Lunatic asylums Punjab 1868-1880 - 1868-1880
Year: 1868
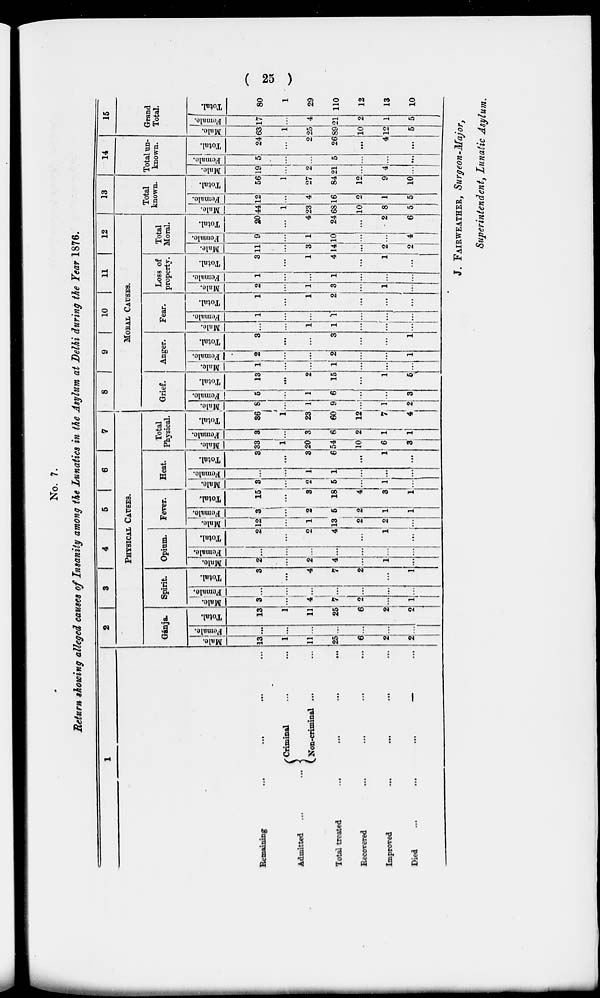
( 25 )
No. 7.
Return showing alleged causes of Insanity among the Lunatics in the Asylum at Delhi during the Tear 1876.
1
Remaining
...
...
...
...
Admitted ... ...
Criminal ... ...
Non-criminal ... ...
Total treated ... ... ... ...
Recovered ... ... ... ...
Improved
...
...
...
...
Died
...
...
...
...
2
3
4 5 6 7
PHYSICAL CAUSES.
Gánja.
Male.
13
1
11
25
6
2
2
Female.
...
...
...
...
...
...
...
Total.
13
1
11
25
6
2
2
Spirit.
Male.
3
...
4
7
2
...
1
Female.
...
...
...
...
...
...
...
Total.
3
...
4
7
2
...
1
Opium.
Male.
2
...
2
4
...
1
...
Female.
...
...
...
...
...
...
...
Total.
2
...
2
4
...
1
...
Fever.
Male.
12
...
1
13
2
2
...
Female.
3
...
2
6
2
1
1
Total.
15
...
3
18
4
3
1
Heat.
Male.
3
...
2
5
...
1
...
Female
...
...
1
1
...
...
...
Total.
3
...
3
6
...
1
...
Total
Physical.
Male.
33
1
20
54
10
6
3
Female.
3
...
3
6
2
1
1
Total.
36
1
23
60
12
7
4
8
9 10 11
12
MORAL CAUSES.
Grief.
Male.
8
...
1
9
...
1
2
Female.
5
...
1
6
...
...
3
Total.
13
...
2
15
...
1
6
Anger.
Male.
1
...
...
1
...
...
...
Female.
2
...
...
2
...
...
1
Total.
3
...
...
3
...
...
1
Fear.
Male.
...
...
1
1
...
...
...
Female.
1
...
...
1
...
...
...
Total.
1
...
1
2
...
...
...
Loss of
property.
Male
2
...
1
3
...
1
...
Female
1
...
...
1
...
...
...
Total.
3
...
1
4
...
1
...
Total
Moral.
Male.
11
...
3
14
...
2
2
Female.
9
...
1
10
...
...
4
Total.
20
...
4
24
...
2
6
13
Total
known.
Male.
44
1
23
68
10
8
5
Female.
12
...
4
16
2
1
5
_
Total.
56
1
27
84
12
9
10
14
Total un-
known.
Male.
19
...
2
21
...
4
...
Female.
5
...
...
5
...
...
...
Total.
24
...
2
26
...
4
...
15
Grand
Total.
Male.
63
1
25
89
10
12
5
Female.
17
...
4
21
2
1
5
Total.
80
1
29
110
12
13
10
J. FAIRWEATHER, Surgeon-Major,
Superintendent, lunatic Asylum.